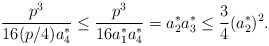
\begin{align*} \frac{p^{3}}{16 (p/4) a_{4}^{*}}\leq \frac{p^{3}}{16 a_{1}^{*} a_{4}^{*}} = a_{2}^{*} a_{3}^{*} \leq \frac{3}{4} (a_{2}^{*})^{2}.\end{align*}